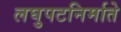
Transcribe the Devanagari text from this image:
लघुपटनिर्माते